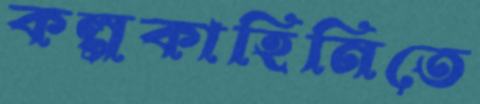
কল্পকাহিনিতে